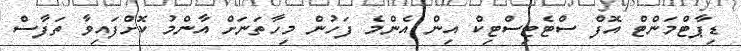
ޑިޕާޓްމަންޓް އޮފް ސްޓެޓިސްޓިކް އިން އެންމެ ފަހުން މިހާތަނަށް އާންމު ކޮށްފައިވާ ތަފާސް